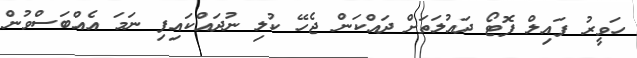
ހަވީރު ފައިލް ފޮޓޯ ދައުލަތަށް ދައްކަން ޖެހޭ ކުލި ނުދައްކައިފި ނަމަ އެއްބަސްވުން